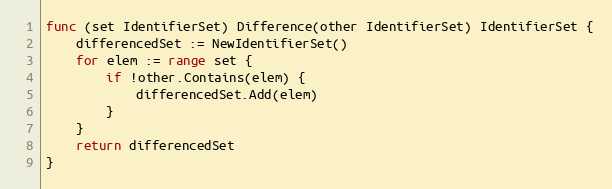
Language: Go
func (set IdentifierSet) Difference(other IdentifierSet) IdentifierSet {
	differencedSet := NewIdentifierSet()
	for elem := range set {
		if !other.Contains(elem) {
			differencedSet.Add(elem)
		}
	}
	return differencedSet
}